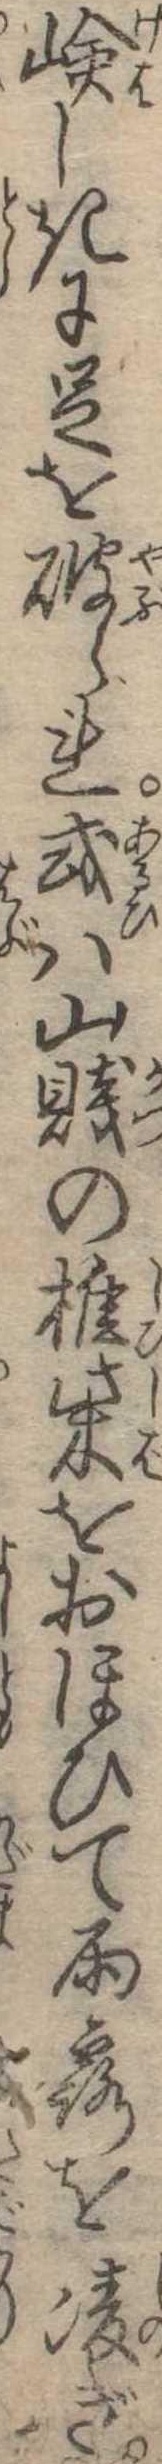
嶮しきに足を破られ或は山賎の椎柴をおほひて雨露を凌ぎ